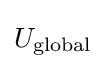
U_{\text{global}}